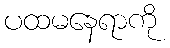
ပထမနေရာကို